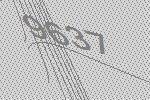
9637